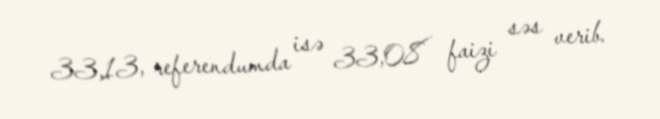
33,13, referendumda isə 33,08 faizi səs verib.